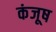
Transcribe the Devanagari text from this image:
कंजूष